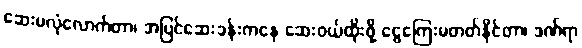
ဆေးမလုံလောက်တာ၊ အပြင်ဆေးခန်းကနေ ဆေးဝယ်ထိုးဖို့ ငွေကြေးမတတ်နိုင်တာ၊ ဒဏ်ရာ